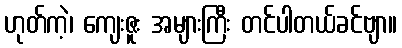
ဟုတ်ကဲ့၊ ကျေးဇူး အများကြီး တင်ပါတယ်ခင်ဗျာ။